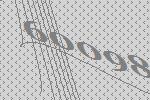
60098